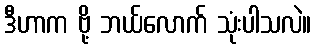
ဒီဟာက ဗို့ ဘယ်လောက် သုံးပါသလဲ။